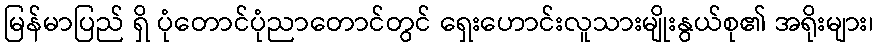
မြန်မာပြည် ရှိ ပုံတောင်ပုံညာတောင်တွင် ရှေးဟောင်းလူသားမျိုးနွယ်စု၏ အရိုးများ၊